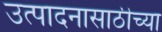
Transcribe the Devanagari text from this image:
उत्पादनासाठीच्या